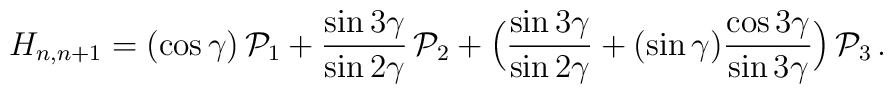
H_{n,n+1} =  (\cos\gamma)\, {\cal P}_1 + \frac{\sin 3\gamma}{\sin 2\gamma} \, {\cal P}_2 + \Bigl( \frac{\sin 3\gamma}{\sin 2\gamma} + (\sin\gamma) \frac{\cos 3\gamma}{\sin 3\gamma} \Bigr) \, {\cal P}_3 \,.